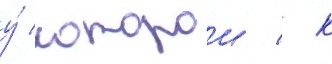
у́ которои / к